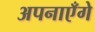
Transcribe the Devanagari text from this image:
अपनाएँगे